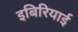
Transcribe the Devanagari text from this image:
इबिरियाई